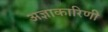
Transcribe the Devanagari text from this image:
अज्ञाकारिणी